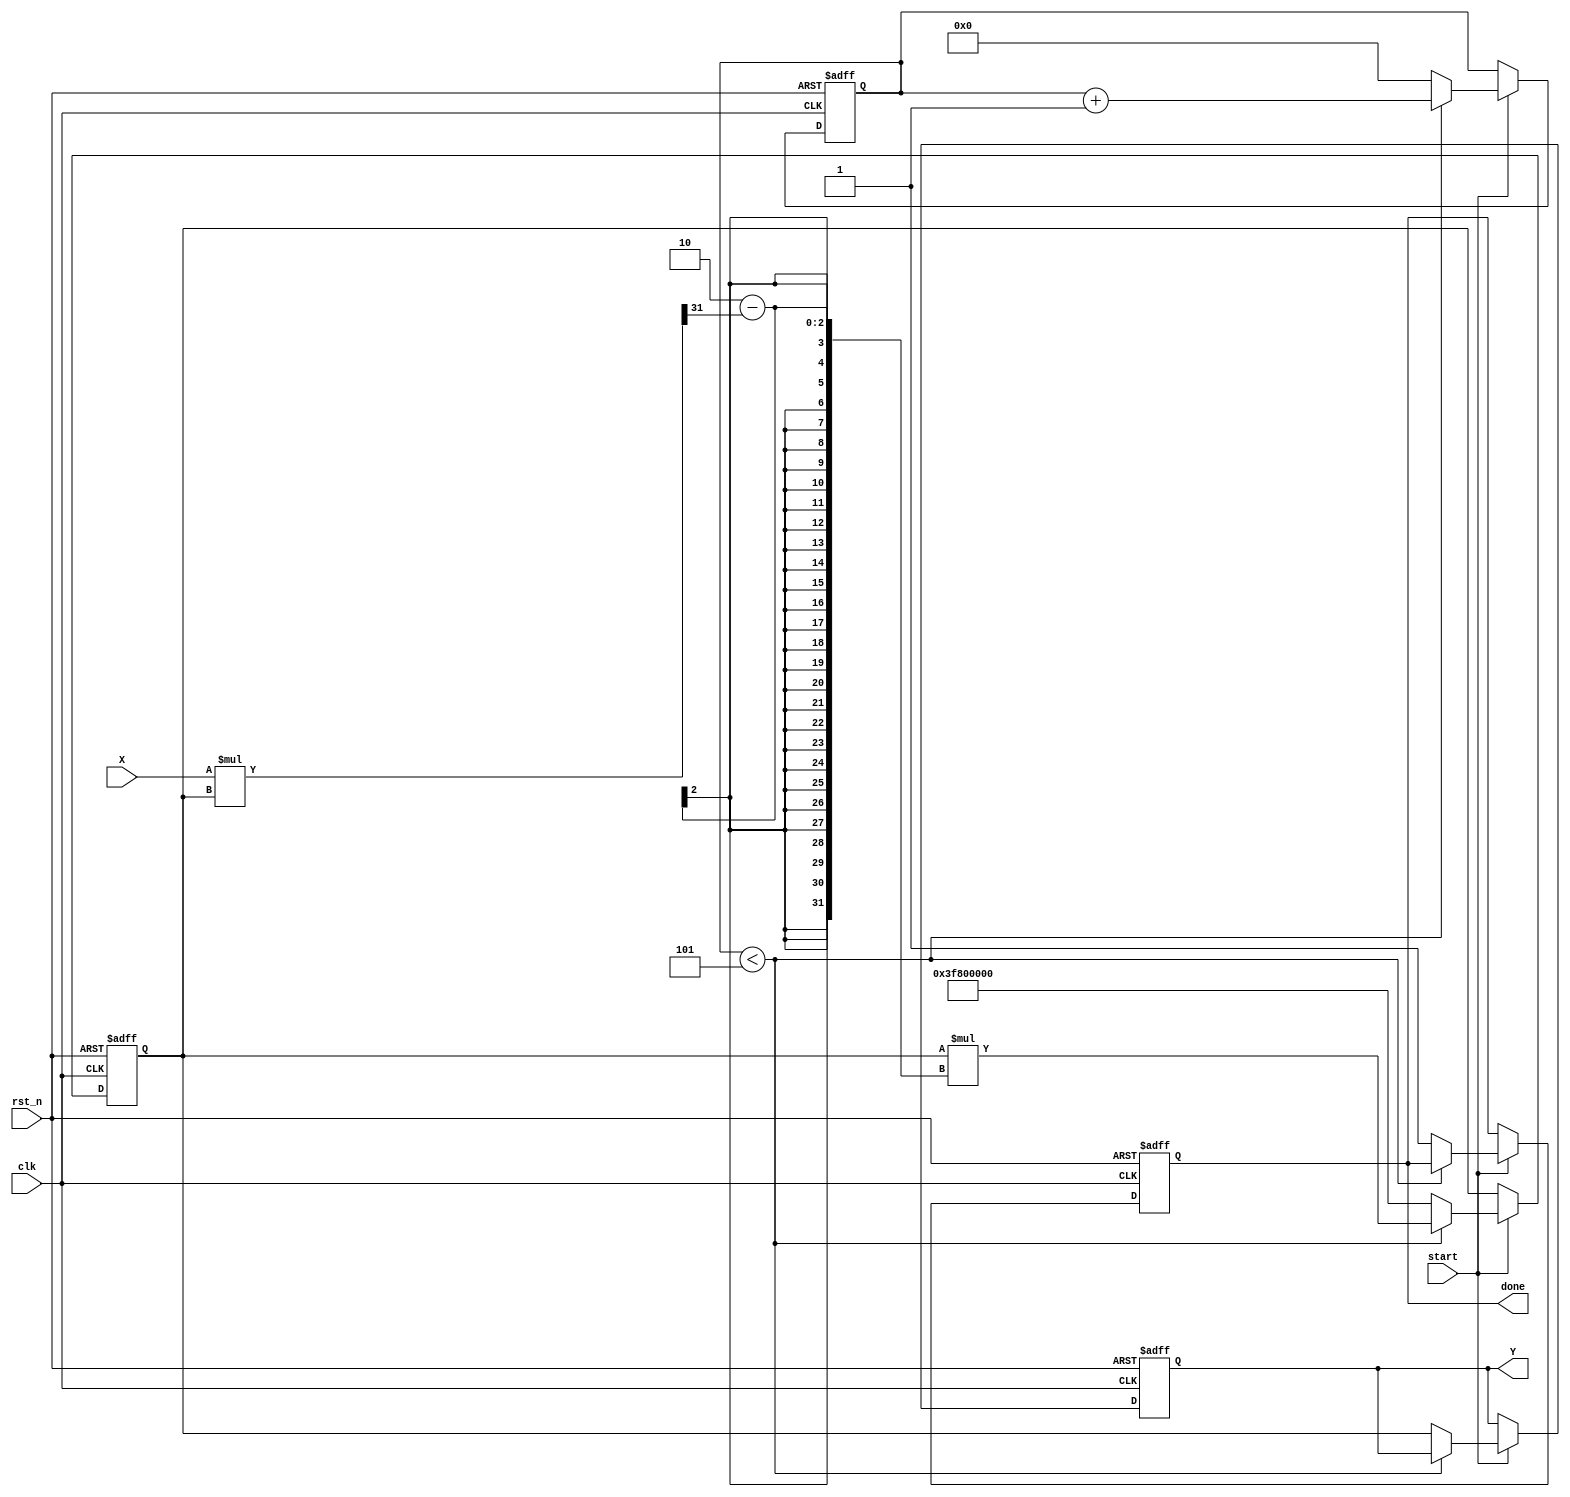
module IterativeReciprocal (
    input wire clk,               // Clock signal
    input wire rst_n,             // Active low reset
    input wire [31:0] X,          // Input value (32-bit fixed-point)
    input wire start,             // Start signal for computation
    output reg [31:0] Y,          // Output reciprocal (32-bit fixed-point)
    output reg done               // Done signal
);
    
    // Parameters
    parameter NUM_ITERATIONS = 5; // Number of iterations for convergence
    parameter INITIAL_GUESS = 32'h3F800000; // Initial guess (1.0 in float)

    // State variables
    reg [4:0] count;               // Iteration counter
    reg [31:0] estimate;           // Current estimate of reciprocal

    // State machine for computation
    always @(posedge clk or negedge rst_n) begin
        if (!rst_n) begin
            Y <= 32'b0;
            done <= 1'b0;
            count <= 5'b0;
            estimate <= INITIAL_GUESS;
        end else if (start) begin
            if (count < NUM_ITERATIONS) begin
                // Update estimate using Newton-Raphson formula
                estimate <= estimate * (32'h2 - (X * estimate >> 31)); // Shift right for fixed-point
                count <= count + 1'b1;
            end else begin
                Y <= estimate; // Final reciprocal value
                done <= 1'b1;  // Indicate completion
                count <= 5'b0; // Reset counter for the next operation
                estimate <= INITIAL_GUESS; // Reset estimate
            end
        end
    end
    
endmodule